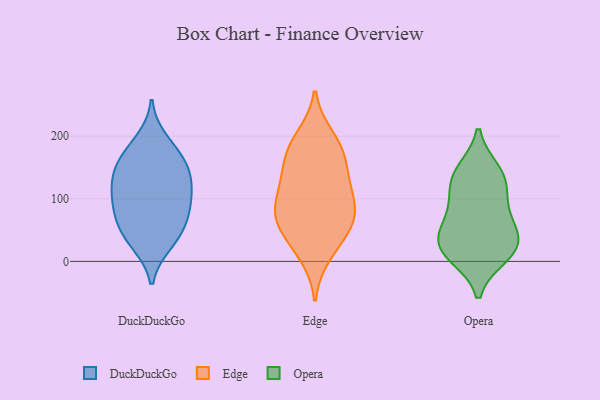
{"axis": {"x": "Production Output", "y": "Value"}, "legend": ["DuckDuckGo", "Edge", "Opera"], "data": [{"x": "", "y": 56, "type": "DuckDuckGo"}, {"x": "", "y": 103, "type": "DuckDuckGo"}, {"x": "", "y": 134, "type": "DuckDuckGo"}, {"x": "", "y": 166, "type": "DuckDuckGo"}, {"x": "", "y": 95, "type": "DuckDuckGo"}, {"x": "", "y": 96, "type": "DuckDuckGo"}, {"x": "", "y": 170, "type": "DuckDuckGo"}, {"x": "", "y": 140, "type": "DuckDuckGo"}, {"x": "", "y": 118, "type": "DuckDuckGo"}, {"x": "", "y": 64, "type": "DuckDuckGo"}, {"x": "", "y": 64, "type": "DuckDuckGo"}, {"x": "", "y": 149, "type": "DuckDuckGo"}, {"x": "", "y": 30, "type": "DuckDuckGo"}, {"x": "", "y": 28, "type": "DuckDuckGo"}, {"x": "", "y": 194, "type": "DuckDuckGo"}, {"x": "", "y": 143, "type": "Edge"}, {"x": "", "y": 66, "type": "Edge"}, {"x": "", "y": 108, "type": "Edge"}, {"x": "", "y": 77, "type": "Edge"}, {"x": "", "y": 177, "type": "Edge"}, {"x": "", "y": 81, "type": "Edge"}, {"x": "", "y": 27, "type": "Edge"}, {"x": "", "y": 10, "type": "Edge"}, {"x": "", "y": 64, "type": "Edge"}, {"x": "", "y": 188, "type": "Edge"}, {"x": "", "y": 199, "type": "Edge"}, {"x": "", "y": 103, "type": "Edge"}, {"x": "", "y": 159, "type": "Edge"}, {"x": "", "y": 54, "type": "Edge"}, {"x": "", "y": 131, "type": "Edge"}, {"x": "", "y": 70, "type": "Opera"}, {"x": "", "y": 22, "type": "Opera"}, {"x": "", "y": 88, "type": "Opera"}, {"x": "", "y": 10, "type": "Opera"}, {"x": "", "y": 131, "type": "Opera"}, {"x": "", "y": 23, "type": "Opera"}, {"x": "", "y": 129, "type": "Opera"}, {"x": "", "y": 143, "type": "Opera"}, {"x": "", "y": 26, "type": "Opera"}, {"x": "", "y": 47, "type": "Opera"}]}